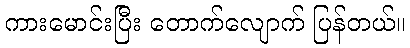
ကားမောင်းပြီး တောက်လျောက် ပြန်တယ်။